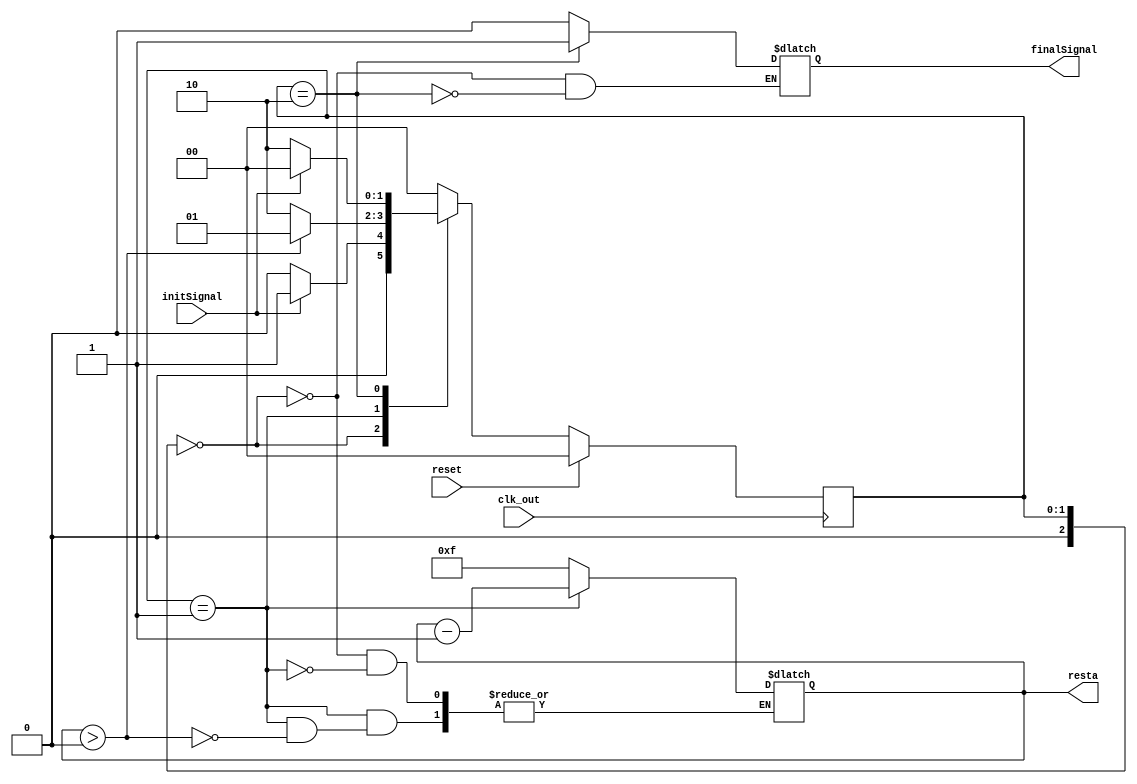
module regresiveCount(initSignal,finalSignal,clk_out,reset,resta
    );

input initSignal;
output reg finalSignal;
input clk_out;
input reset;
output reg [3:0] resta;	

localparam 	STATE_0 = 3'd0,
						STATE_1 = 3'd1,
						STATE_2 = 3'd2;
reg [2:0] state, nxtState; 
initial begin
	state = 0;
end

always @ ( posedge clk_out ) begin
	if (reset)
		state <= STATE_0;
	else begin
		state <= nxtState;
	end
end


always @ ( * ) begin
	nxtState = state;
	case (state)
		STATE_0:	
		begin
			resta=4'd15;
			finalSignal=1'b0;
			if(initSignal) nxtState = STATE_1;
			else nxtState = STATE_0;
		end
		STATE_1:
		begin
			if(resta>0)
			begin 
				resta= resta-4'd1;
				nxtState = STATE_1;
			end
			else nxtState = STATE_2;
		end
		STATE_2:	
		begin
			finalSignal=1'b1;
			if(initSignal) nxtState = STATE_0;
			else nxtState = STATE_2;
		end
		default:
		begin
			nxtState = STATE_0;
		end
	endcase
end


endmodule